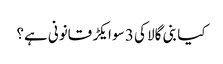
کیا بنی گالا کی 3 سو ایکڑ قانونی ہے؟